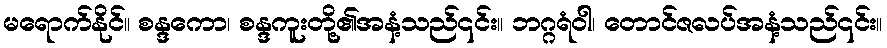
မရောက်နိုင်။ စန္ဒကော၊ စန္ဒကူးတို့၏အနံ့သည်၎င်း။ ဘဂ္ဂရံဝါ၊ တောင်ဇလပ်အနံ့သည်၎င်း။